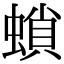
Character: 𧎫